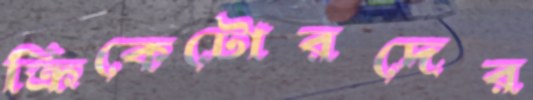
ক্রিকেটোরদের